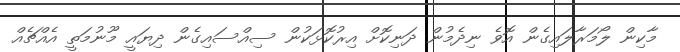
މާކިން ލޯމަރާލައިގެން އޮވެ ނިދެމުން ދަނިކޮށް އިރުކޮޅަކުން ސިއްސައިގެން ދިޔައީ މޫނުމަތީ އެއްޗެއް